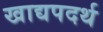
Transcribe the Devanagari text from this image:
खाद्यपदर्थ